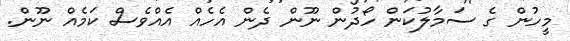
މީހުން ގެ ސަމާލުކަން ހޯދުން ނޫން ދެން އެހެއް އެއްވެސް ކަމެއް ނޫން.